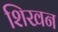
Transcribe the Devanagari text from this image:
शिखन